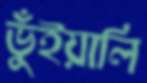
ভুঁইয়ালি